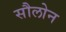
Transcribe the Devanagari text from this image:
सौलोन